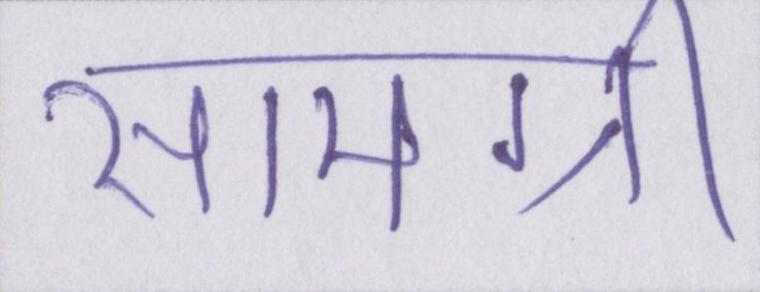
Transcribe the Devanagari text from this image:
सामग्री